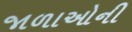
જાળાઓની